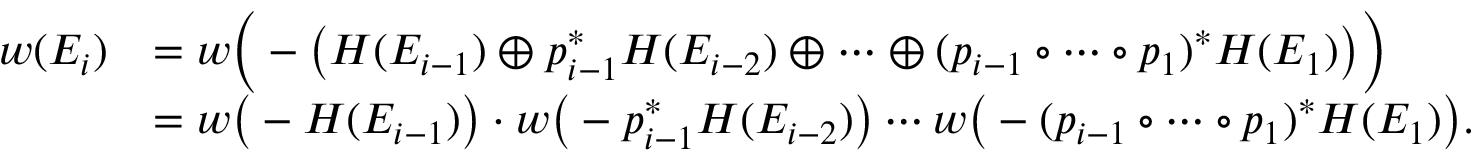
\begin{array} { r l } { w ( E _ { i } ) } & { = w \Big ( - \big ( H ( E _ { i - 1 } ) \oplus p _ { i - 1 } ^ { * } H ( E _ { i - 2 } ) \oplus \cdots \oplus ( p _ { i - 1 } \circ \cdots \circ p _ { 1 } ) ^ { * } H ( E _ { 1 } ) \big ) \Big ) } \\ & { = w \big ( - H ( E _ { i - 1 } ) \big ) \cdot w \big ( - p _ { i - 1 } ^ { * } H ( E _ { i - 2 } ) \big ) \cdots w \big ( - ( p _ { i - 1 } \circ \cdots \circ p _ { 1 } ) ^ { * } H ( E _ { 1 } ) \big ) . } \end{array}